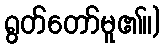
ရွတ်တော်မူ၏။)